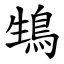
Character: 䲼